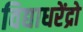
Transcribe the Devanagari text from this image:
विद्याधरेंद्रो